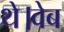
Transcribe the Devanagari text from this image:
थे।वेब